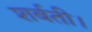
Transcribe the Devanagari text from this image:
शर्बती।